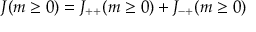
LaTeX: J ( m \ge 0 ) = J _ { + + } ( m \ge 0 ) + J _ { - + } ( m \ge 0 )